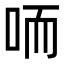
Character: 㖇